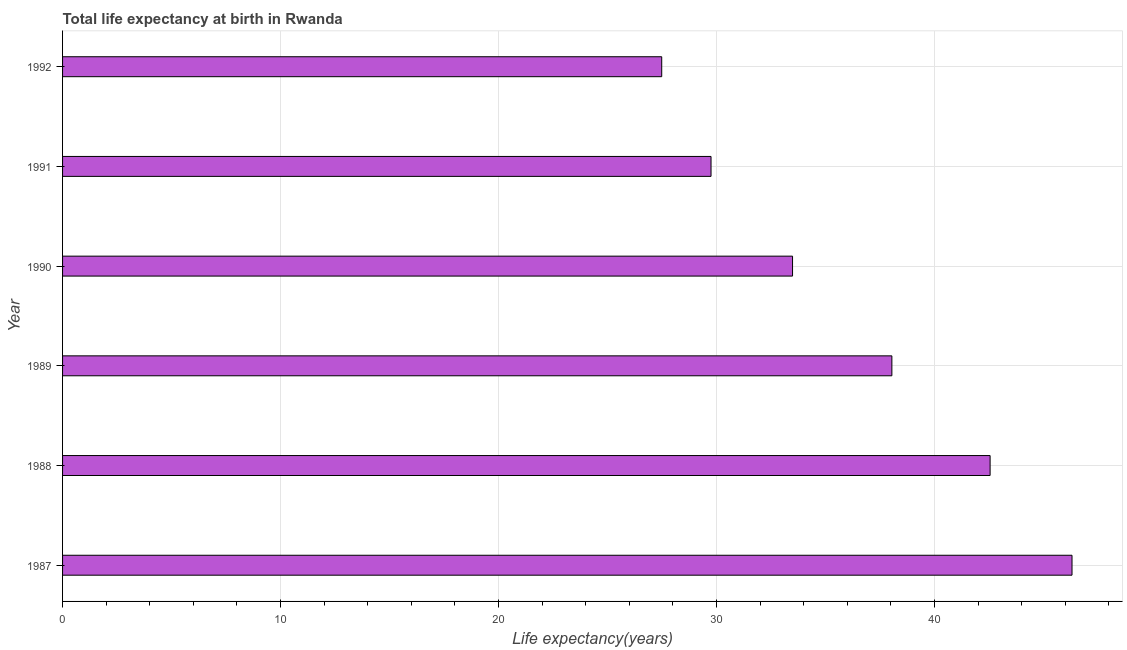
| Year | Life expectancy at birth |
 | --- | --- |
 | 1987 | 46.3 |
 | 1988 | 42.5 |
 | 1989 | 38 |
 | 1990 | 33.5 |
 | 1991 | 29.7 |
 | 1992 | 27.5 |